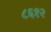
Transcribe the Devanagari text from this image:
८६१२